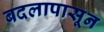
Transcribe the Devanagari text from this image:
बदलापासून